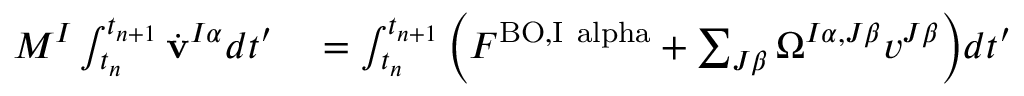
\begin{array} { r l } { M ^ { I } \int _ { t _ { n } } ^ { t _ { n + 1 } } \dot { \mathbf { v } } ^ { I \alpha } d t ^ { \prime } } & { { } = \int _ { t _ { n } } ^ { t _ { n + 1 } } \Big ( F ^ { \mathrm { B O , I \ a l p h a } } + \sum _ { J \beta } \Omega ^ { I \alpha , J \beta } { v } ^ { J \beta } \Big ) d t ^ { \prime } } \end{array}